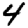
Digit: 4